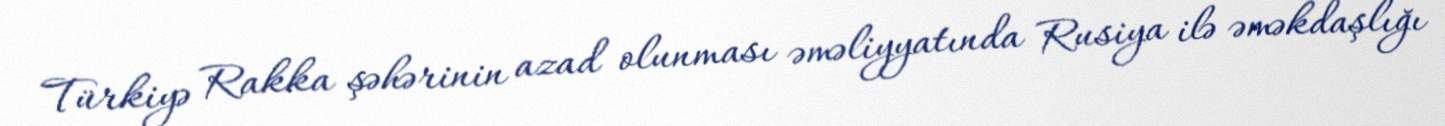
Türkiyə Rakka şəhərinin azad olunması əməliyyatında Rusiya ilə əməkdaşlığı